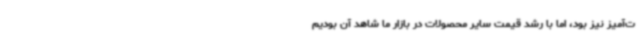
ت‌آمیز نیز بود، اما با رشد قیمت سایر محصولات در بازار ما شاهد آن بودیم